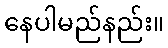
နေပါမည်နည်း။